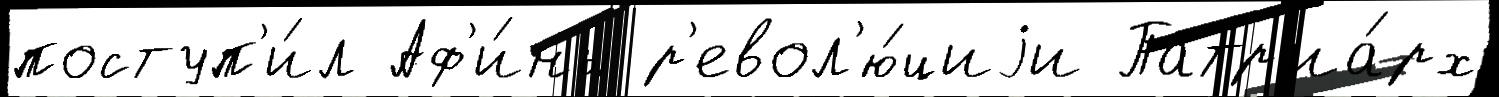
поступ'и́л Аф'и́ны р'евол'ю́циjи Патр'иа́рх